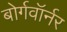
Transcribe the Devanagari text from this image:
बोर्गवॉर्नर